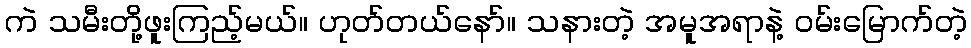
ကဲ သမီးတို့ဖူးကြည့်မယ်။ ဟုတ်တယ်နော်။ သနားတဲ့ အမူအရာနဲ့ ဝမ်းမြောက်တဲ့